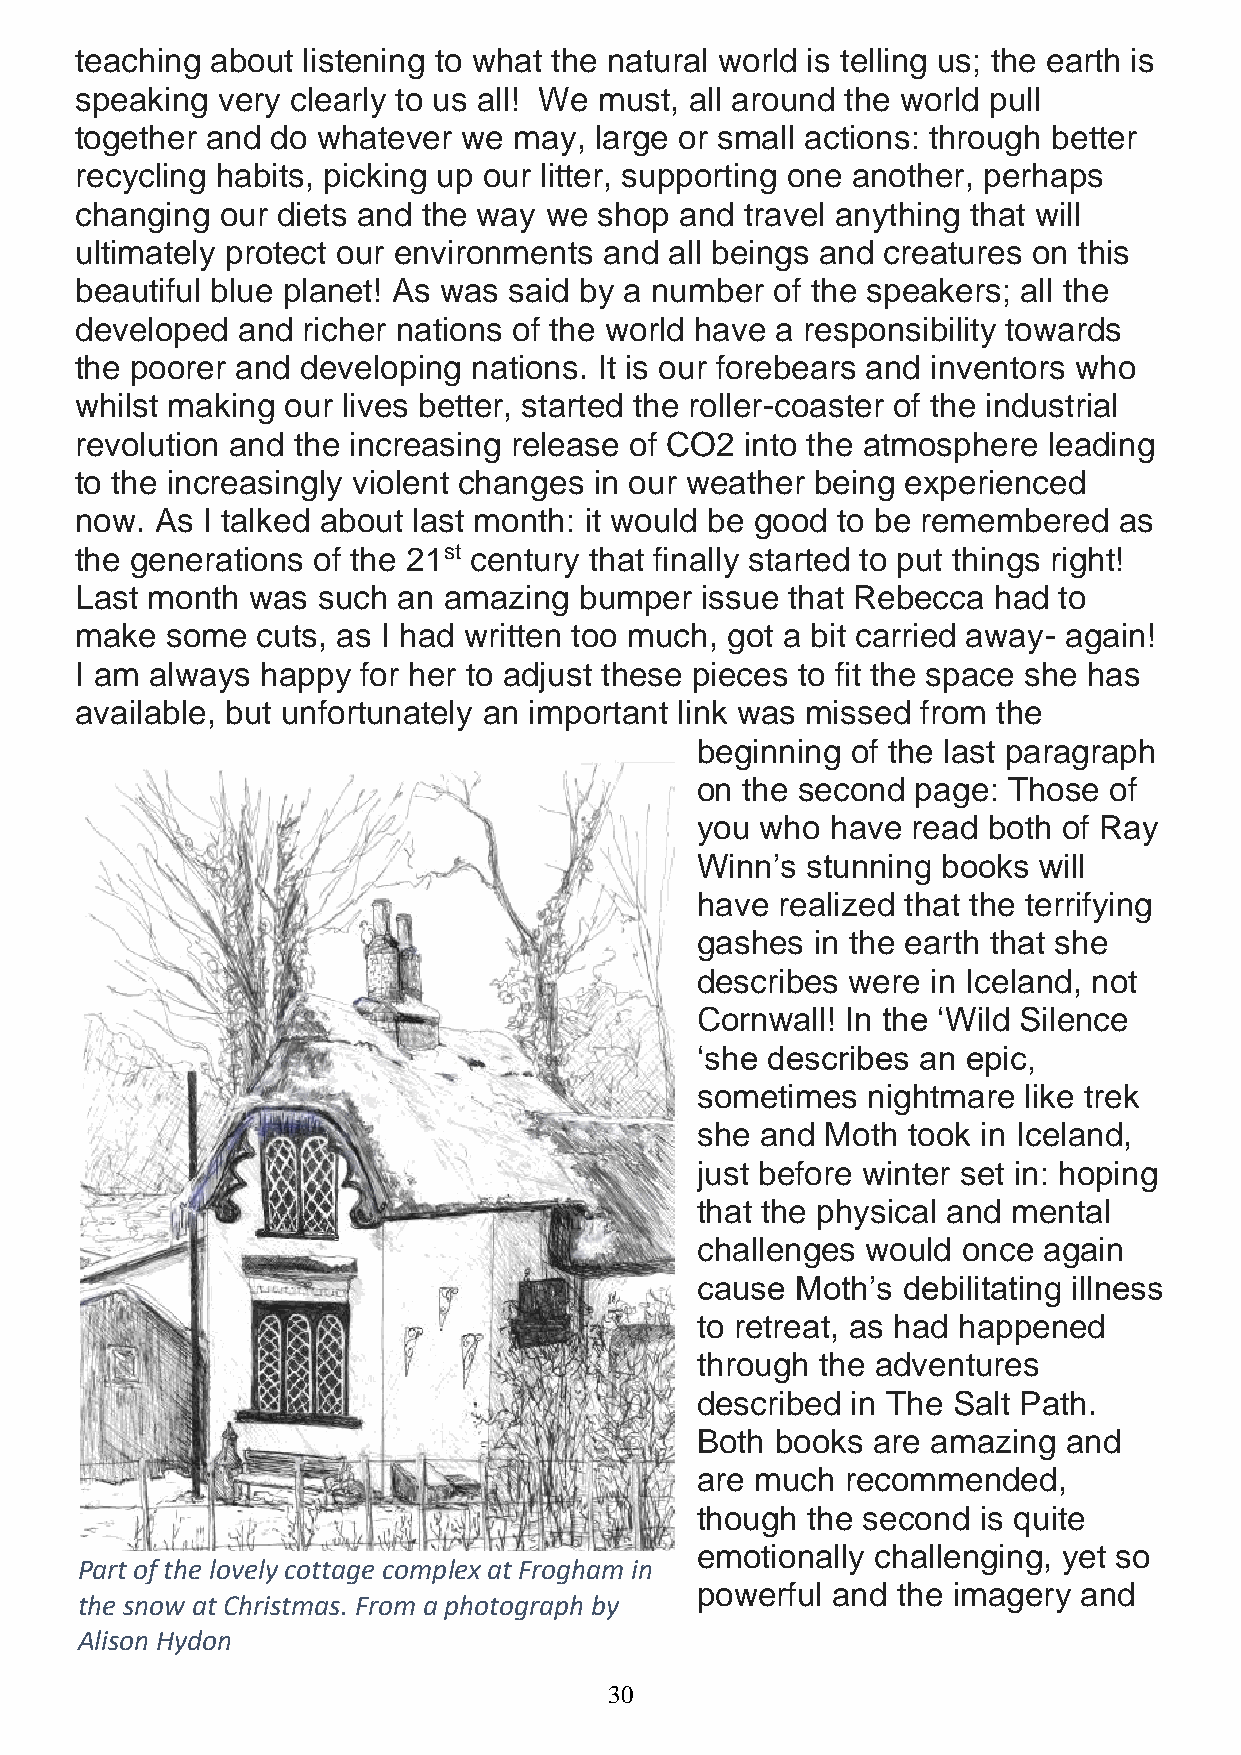
teaching about listening to what the natural world is telling us; the earth is
 speaking very clearly to us all! We must, all around the world pull
 together and do whatever  we may, large or small actions: through better
 recycling habits, picking up our litter, supporting one another, perhaps
 changing  our diets and the way we shop and travel anything that will
 ultimately protect our environments and all beings and creatures on this
 beautiful blue planet! As was said by a number of the speakers; all the
 developed  and richer nations of the world have a responsibility towards
 the poorer and developing nations. It is our forebears and inventors who
 whilst making our lives better, started the roller-coaster of the industrial
 revolution and the increasing release of CO2 into the atmosphere leading
 to the increasingly violent changes in our weather being experienced
 now. As I talked about last month: it would be good to be remembered as
 the generations of the 21st century that finally started to put things right!
 Last month was  such an amazing  bumper  issue that Rebecca  had to
 make  some  cuts, as I had written too much, got a bit carried away- again!
 I am always happy  for her to adjust these pieces to fit the space she has
 available, but unfortunately an important link was missed from the
 beginning of the last paragraph
 on the second  page: Those of
 you who  have read both of Ray
 Winn’s stunning books  will
 have realized that the terrifying
 gashes  in the earth that she
 describes were  in Iceland, not
 Cornwall! In the ‘Wild Silence
 ‘she describes an epic,
 sometimes  nightmare  like trek
 she and  Moth took in Iceland,
 just before winter set in: hoping
 that the physical and mental
 challenges would  once again
 cause  Moth’s debilitating illness
 to retreat, as had happened
 through the adventures
 described in The Salt Path.
 Both books  are amazing  and
 are much  recommended,
 though the second  is quite
 emotionally challenging, yet so
 Part of the lovely cottage complex at Frogham in
 powerful and the imagery and
 the snow at Christmas. From a photograph by
 Alison Hydon
 30